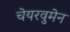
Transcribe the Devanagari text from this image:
चेयरवुमेन